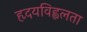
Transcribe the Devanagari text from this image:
हृदयविह्वलता